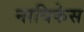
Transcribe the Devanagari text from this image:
नायिकेस